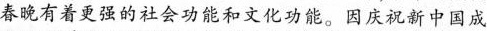
春晚有着更强的社会功能和文化功能。因庆祝新中国成